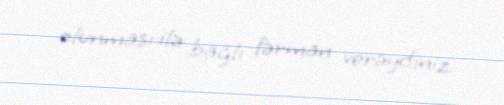
olunması ilə bağlı fərman verəydiniz.